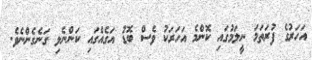
އަހަރުގެ ފުރަތަމަ ނީލަމުގައި ކޮންމެ އަހަރަކު ވެސް ބޮޑު އަގެއްގައި ކަންނެލި ގަނެގެންނެވެ.